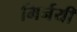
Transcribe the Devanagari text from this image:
मिर्नयी